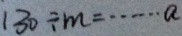
1 3 0 \div m = \cdots a